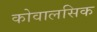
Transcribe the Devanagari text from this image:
कोवालसिक